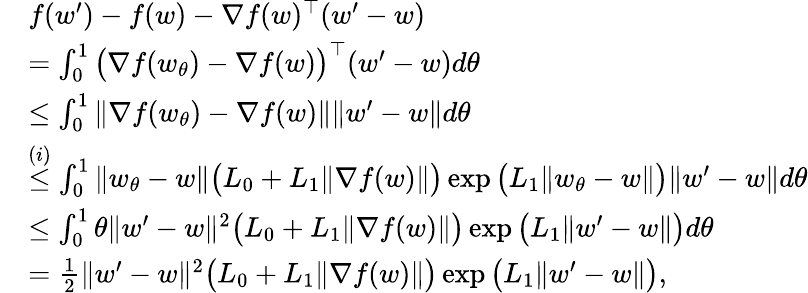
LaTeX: \begin{array}{rl}&{f(w^{\prime})-f(w)-\nabla f(w)^{\top}(w^{\prime}-w)}\\ &{=\int_{0}^{1}\big(\nabla f(w_{\theta})-\nabla f(w)\big)^{\top}(w^{\prime}-w)d\theta}\\ &{\le\int_{0}^{1}\| \nabla f(w_{\theta})-\nabla f(w)\| \| w^{\prime}-w\| d\theta}\\ &{\overset{(i)}{\le}\int_{0}^{1}\| w_{\theta}-w\| \big(L_{0}+L_{1}\| \nabla f(w)\| \big)\exp\big(L_{1}\| w_{\theta}-w\| \big)\| w^{\prime}-w\| d\theta}\\ &{\le\int_{0}^{1}\theta\| w^{\prime}-w\| ^{2}\big(L_{0}+L_{1}\| \nabla f(w)\| \big)\exp\big(L_{1}\| w^{\prime}-w\| \big)d\theta}\\ &{=\frac{1}{2}\| w^{\prime}-w\| ^{2}\big(L_{0}+L_{1}\| \nabla f(w)\| \big)\exp\big(L_{1}\| w^{\prime}-w\| \big),}\end{array}